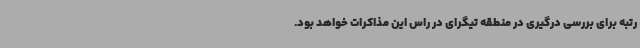
رتبه برای بررسی درگیری در منطقه تیگرای در راس این مذاکرات خواهد بود.